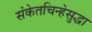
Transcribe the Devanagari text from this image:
संकेतचिन्हेसुद्धा